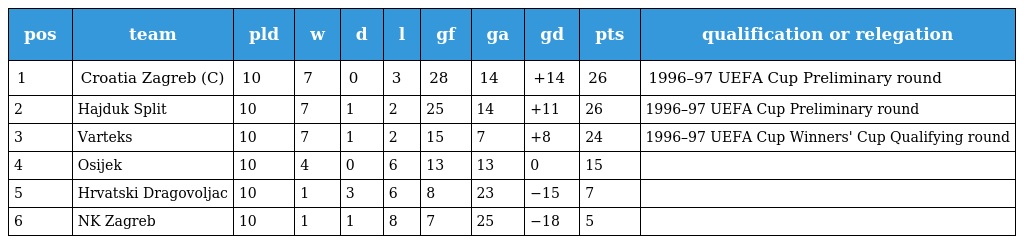
| pos | team | pld | w | d | l | gf | ga | gd | pts | qualification or relegation |
 | --- | --- | --- | --- | --- | --- | --- | --- | --- | --- | --- |
 | 1 | Croatia Zagreb (C) | 10 | 7 | 0 | 3 | 28 | 14 | +14 | 26 | 1996–97 UEFA Cup Preliminary round |
 | 2 | Hajduk Split | 10 | 7 | 1 | 2 | 25 | 14 | +11 | 26 | 1996–97 UEFA Cup Preliminary round |
 | 3 | Varteks | 10 | 7 | 1 | 2 | 15 | 7 | +8 | 24 | 1996–97 UEFA Cup Winners' Cup Qualifying round |
 | 4 | Osijek | 10 | 4 | 0 | 6 | 13 | 13 | 0 | 15 |  |
 | 5 | Hrvatski Dragovoljac | 10 | 1 | 3 | 6 | 8 | 23 | −15 | 7 |  |
 | 6 | NK Zagreb | 10 | 1 | 1 | 8 | 7 | 25 | −18 | 5 |  |